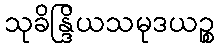
သုခိန္ဒြိယသမုဒယဉ္စ